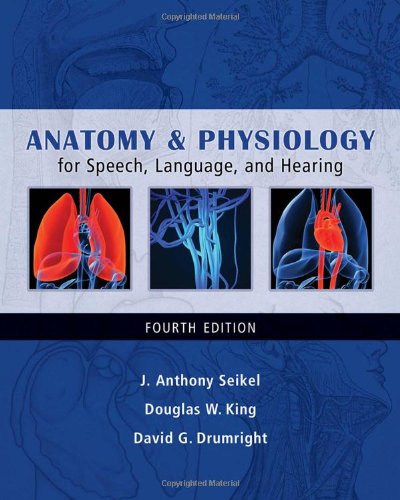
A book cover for Anatomy & Physiology for Speech, Language, and Hearing; J. Anthony Seikel; Medical Books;